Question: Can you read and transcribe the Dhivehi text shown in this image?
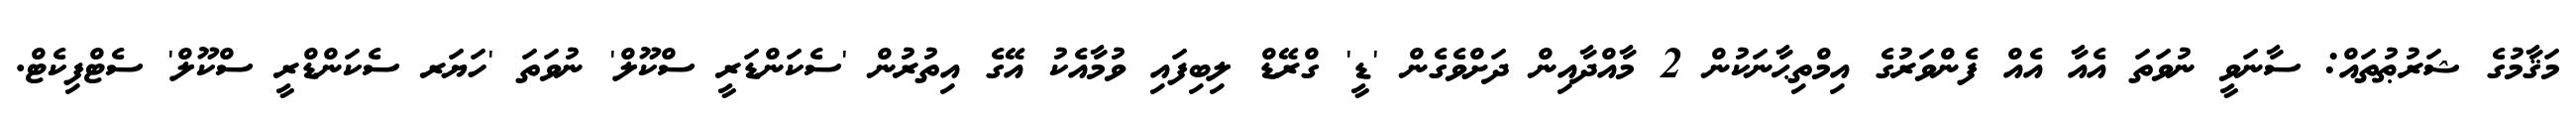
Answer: މަޤާމުގެ ޝަރުޠުތައް: ސާނަވީ ނުވަތަ އެއާ އެއް ފެންވަރުގެ އިމްތިޙާނަކުން 2 މާއްދާއިން ދަށްވެގެން 'ޑީ' ގްރޭޑް ލިބިފައި ވުމާއެކު އޭގެ އިތުރުން 'ސެކަންޑަރީ ސްކޫލް' ނުވަތަ 'ހަޔަރ ސެކަންޑްރީ ސްކޫލް' ސެޓްފިކެޓް.